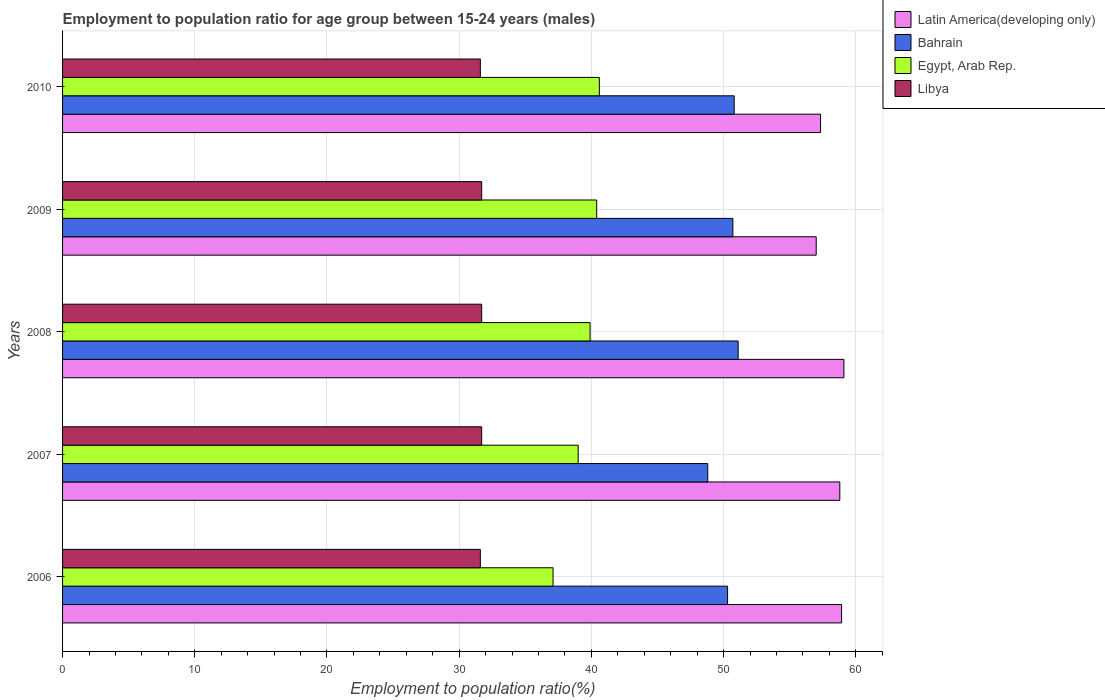
| Years | Latin America(developing only) | Bahrain | Egypt, Arab Rep. | Libya |
 | --- | --- | --- | --- | --- |
 | 2006 | 58.9 | 50.3 | 37.1 | 31.6 |
 | 2007 | 58.8 | 48.8 | 39 | 31.7 |
 | 2008 | 59.1 | 51.1 | 39.9 | 31.7 |
 | 2009 | 57 | 50.7 | 40.4 | 31.7 |
 | 2010 | 57.3 | 50.8 | 40.6 | 31.6 |